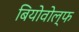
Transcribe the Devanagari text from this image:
बियोवोल्फ